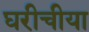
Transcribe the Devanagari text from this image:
घरीचीया